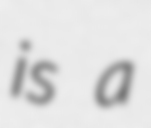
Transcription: is a